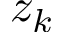
z _ { k }